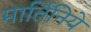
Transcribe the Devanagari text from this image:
मार्तिनिये